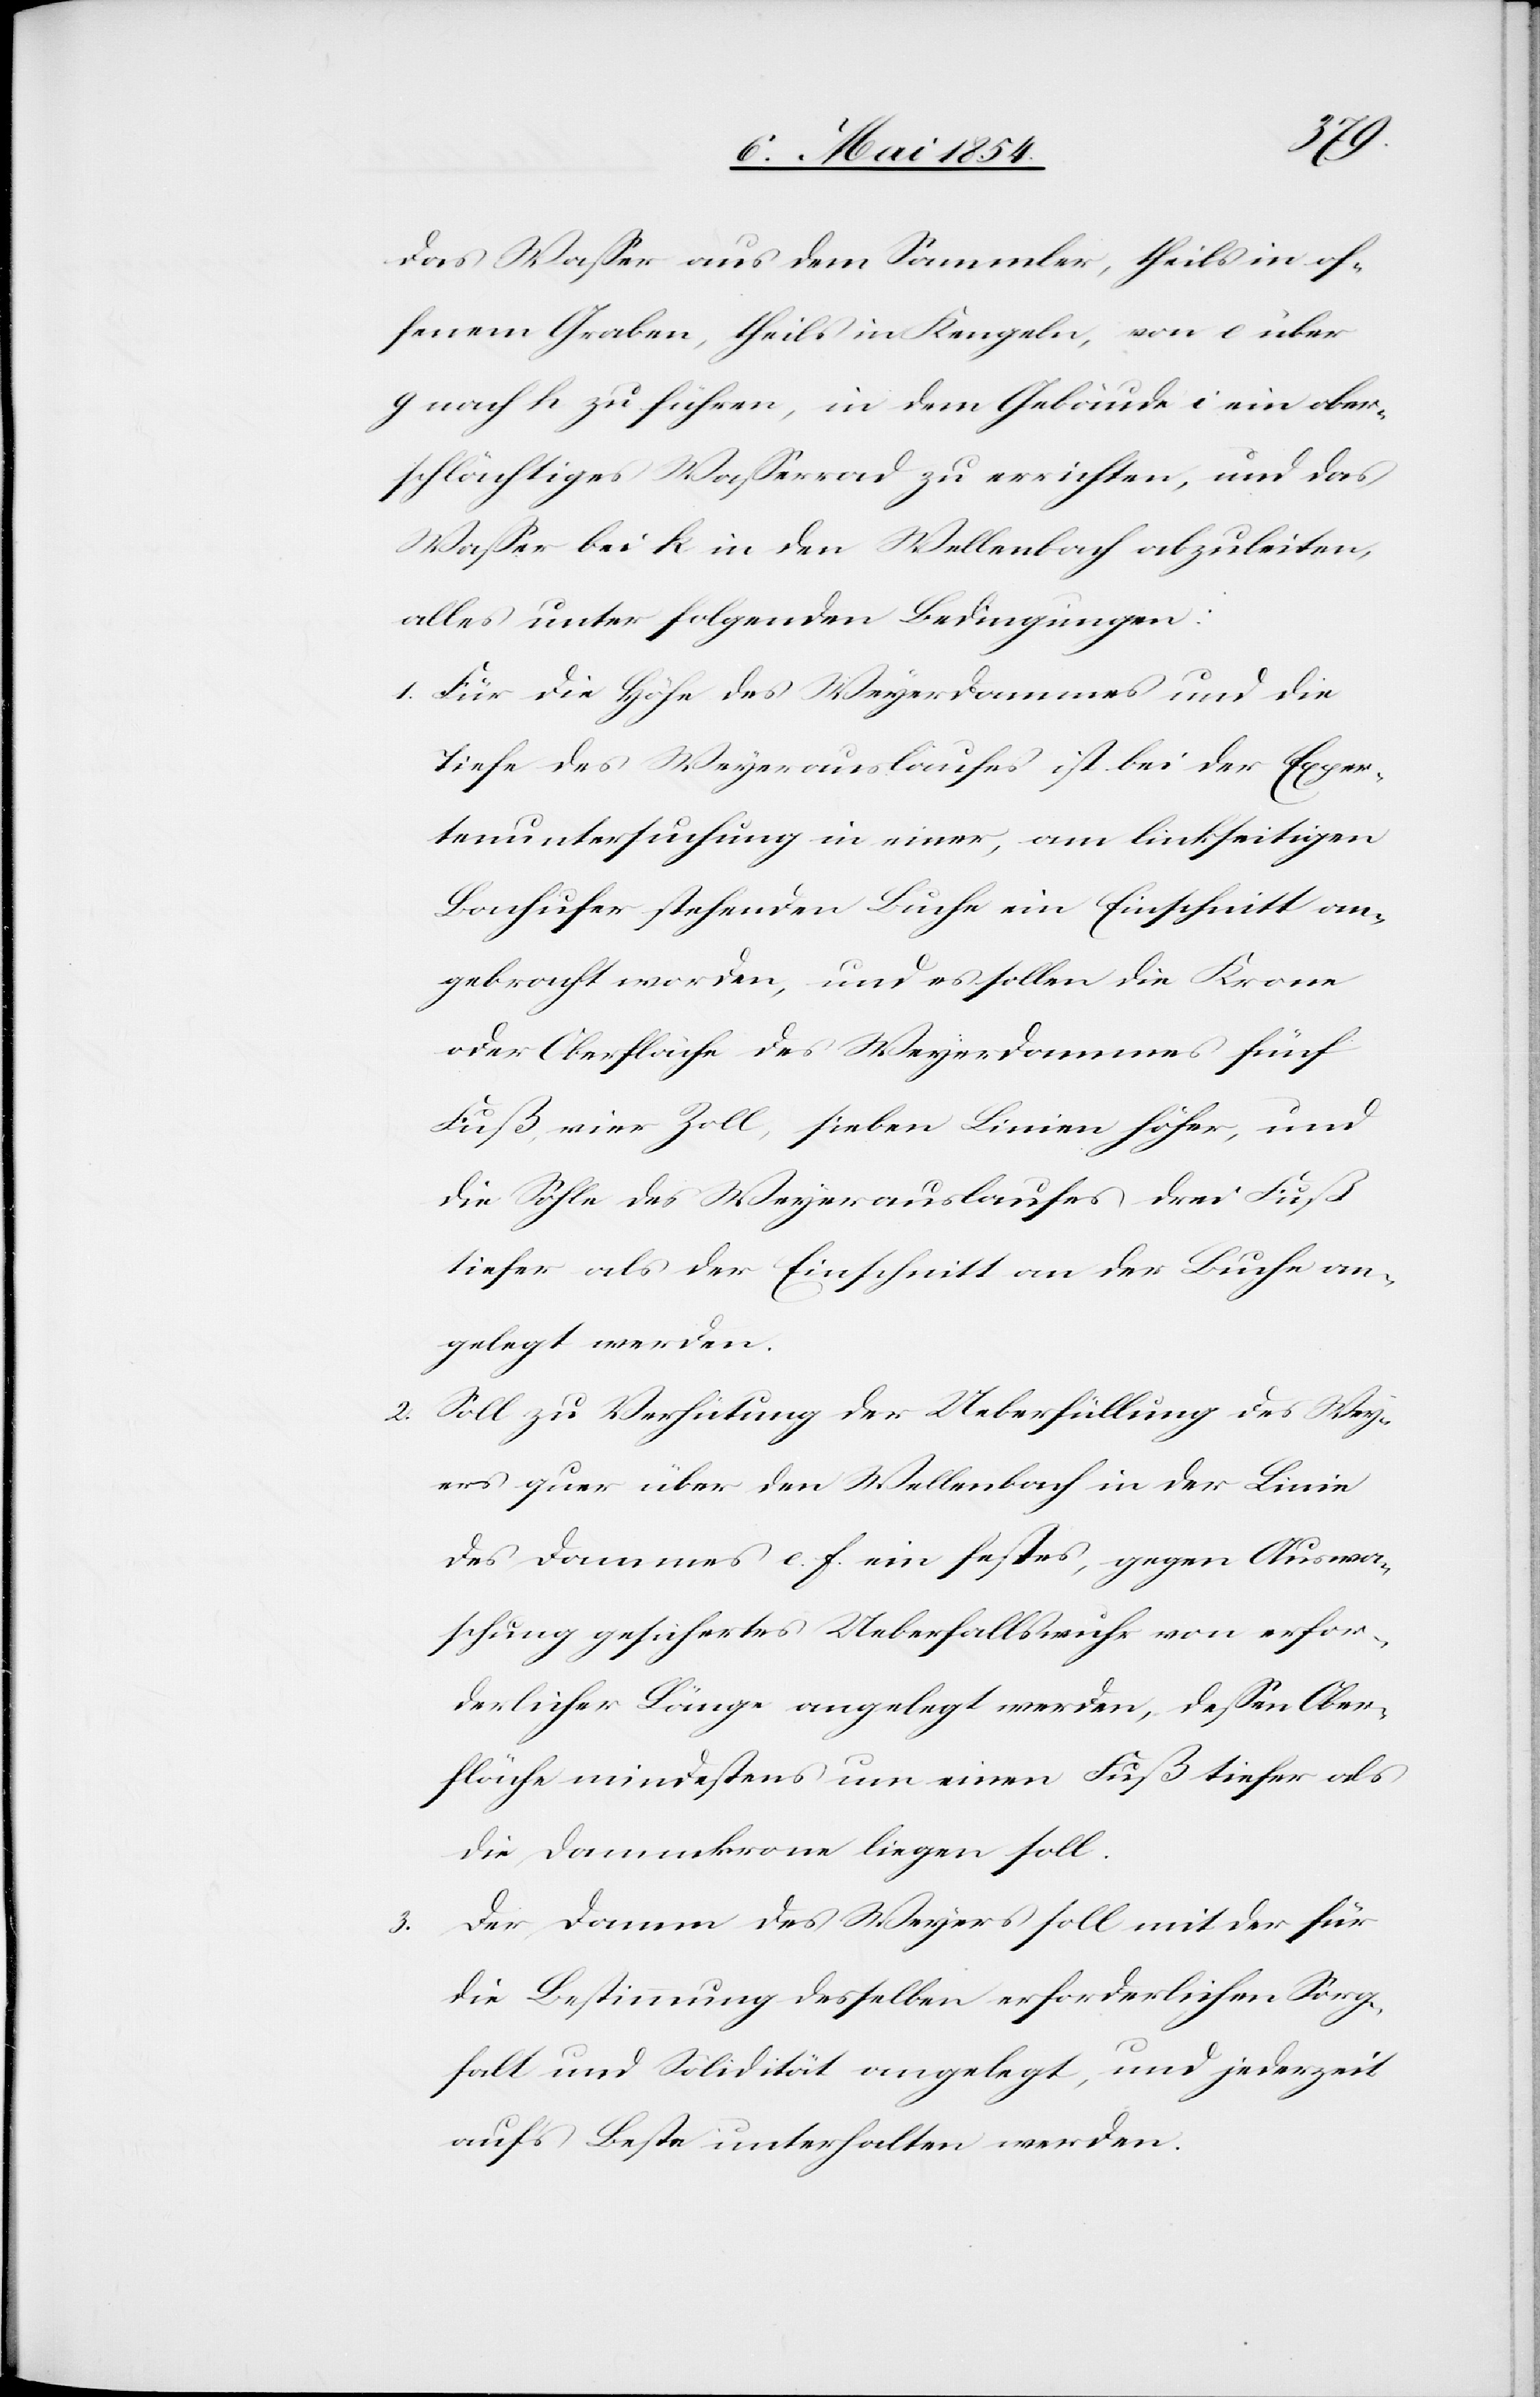
3.

das Waßer aus dem Sammler, theils in of¬
fenem Graben, theils in Kengeln, von e über
g nach h zu führen, in dem Gebäude i ein ober¬
schlächtiges Waßerrad zu errichten, und das
Waßer bei k in den Wellenbach abzuleiten,
alles unter folgenden Bedingungen:
1. Für die Höhe des Weyerdammes und die
Tiefe des Weyerauslaufes ist bei der Exper¬
tenuntersuchung in einer, am linkseitigen
Bachufer stehenden Buche ein Einschnitt an¬
gebracht worden, und es sollen die Krone
oder Oberfläche des Weyerdammes fünf
Fuß, vier Zoll, sieben Linien höher, und
die Sohle des Weyerauslaufes drei Fuß
tiefer als der Einschnitt an der Buche an¬
gelegt werden.
2. Soll zu Verhütung der Ueberfüllung des Wey¬
ers quer über den Wellenbach in der Linie
des Dammes e. f. ein festes, gegen Auswa¬
schung gesichertes Ueberfallswuhr von erfor¬
derlicher Länge angelegt werden, deßen Ober¬
fläche mindestens um einen Fuß tiefer als
die Dammkrone liegen soll.
Der Damm des Weyers soll mit der für
die Bestimmung desselben erforderlichen Sorg¬
falt und Solidität angelegt, und jederzeit
auf’s Beste unterhalten werden.